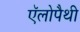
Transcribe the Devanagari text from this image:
ऍलोपैथी